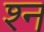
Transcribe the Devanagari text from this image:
श्‍न